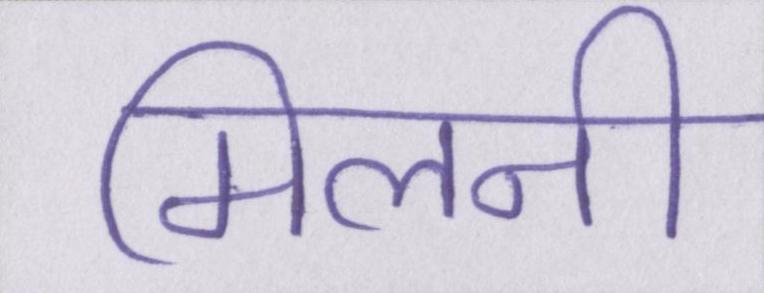
मिलनी